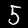
Label: 5